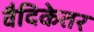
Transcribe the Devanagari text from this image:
वैदिकेतर